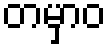
တမှာဝ